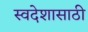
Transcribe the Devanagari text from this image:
स्वदेशासाठी